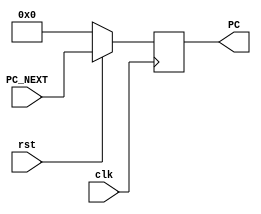
module P_C(PC_NEXT , PC , rst , clk);
input [31:0] PC_NEXT;
input clk , rst;
output reg [31:0] PC ;


always@(posedge clk)
begin 
if (rst ==1'b0)
begin 
PC<=32'h00000000;
end
else
begin
PC<=PC_NEXT;
end
end


endmodule